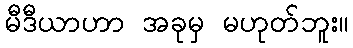
မီဒီယာဟာ အခုမှ မဟုတ်ဘူး။